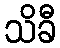
သိခီ